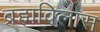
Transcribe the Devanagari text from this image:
ब्रह्मविलास